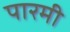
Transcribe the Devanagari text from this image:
पारमी